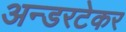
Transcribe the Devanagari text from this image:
अन्डरटेकर